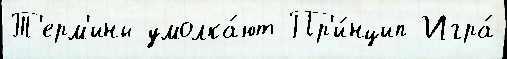
Т'ерм'ины умолка́ют Пр'и́нцип Игра́